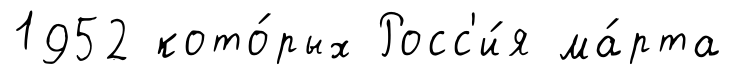
1952 кото́рых Росс'и́я ма́рта